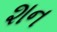
શન